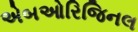
એબઓરિજિનલ